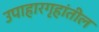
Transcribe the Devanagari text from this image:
उपाहारगृहांतील